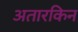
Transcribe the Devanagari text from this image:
अतारकिन